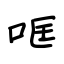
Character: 哐